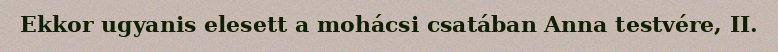
Ekkor ugyanis elesett a mohácsi csatában Anna testvére, II.